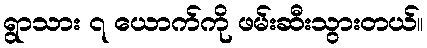
ရွာသား ၇ ယောက်ကို ဖမ်းဆီးသွားတယ်။